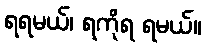
ရရမယ်၊ ရကိုရ ရမယ်။